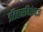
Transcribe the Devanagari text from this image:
इतिहासविशेषज्ञ